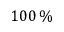
1 0 0 \, \%